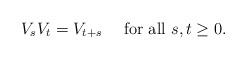
LaTeX: \begin{align*}V_{s}V_{t}=V_{t+s}\quad\mbox{ for all }s,t\ge 0.\end{align*}